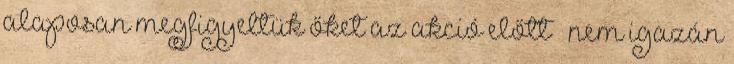
alaposan megfigyeltük őket az akció előtt – nem igazán